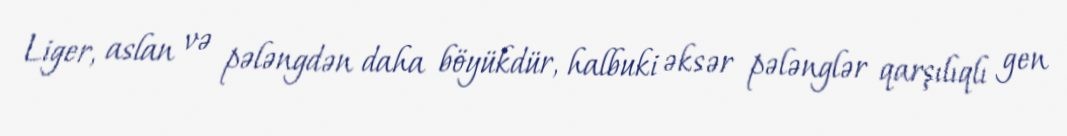
Liger, aslan və pələngdən daha böyükdür, halbuki əksər pələnglər qarşılıqlı gen